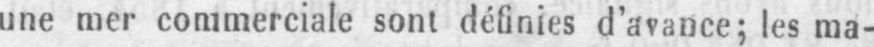
une mer commerciale sont définies d’avance; les ma-